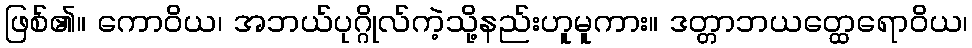
ဖြစ်၏။ ကောဝိယ၊ အဘယ်ပုဂ္ဂိုလ်ကဲ့သို့နည်းဟူမူကား။ ဒတ္တာဘယတ္ထေရောဝိယ၊